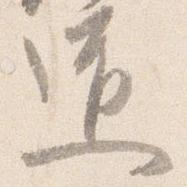
道